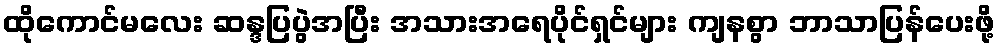
ထိုကောင်မလေး ဆန္ဒပြပွဲအပြီး အသားအရေပိုင်ရှင်များ ကျနစွာ ဘာသာပြန်ပေးဖို့